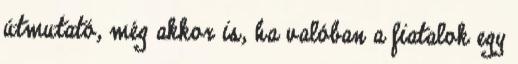
útmutató, még akkor is, ha valóban a fiatalok egy